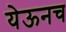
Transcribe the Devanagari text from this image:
येऊनच